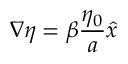
\boldsymbol { \nabla } \eta = \beta \frac { \eta _ { 0 } } { a } \boldsymbol { \hat { x } }